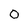
Character: 0